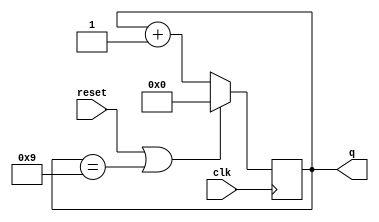
module top_module (
    input clk,
    input reset,        // Synchronous active-high reset
    output [3:0] q);
    always @(posedge clk) begin
        if(reset||q==4'b1001) q<=0;
        else q<=q+4'b0001;
    end
endmodule